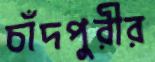
চাঁদপুরীর